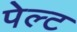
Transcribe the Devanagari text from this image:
पेल्ट